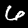
Label: 6